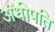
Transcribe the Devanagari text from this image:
अधीपति